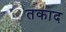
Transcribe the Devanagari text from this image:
तकाद